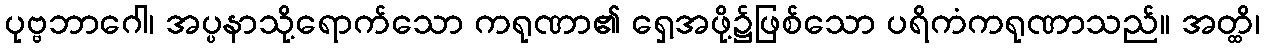
ပုဗ္ဗဘာဂေါ၊ အပ္ပနာသို့ရောက်သော ကရုဏာ၏ ရှေ့အဖို့၌ဖြစ်သော ပရိကံကရုဏာသည်။ အတ္ထိ၊